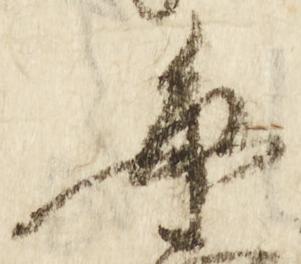
毎